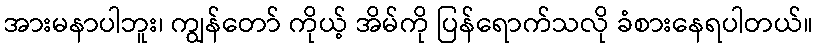
အားမနာပါဘူး၊ ကျွန်တော် ကိုယ့် အိမ်ကို ပြန်ရောက်သလို ခံစားနေရပါတယ်။